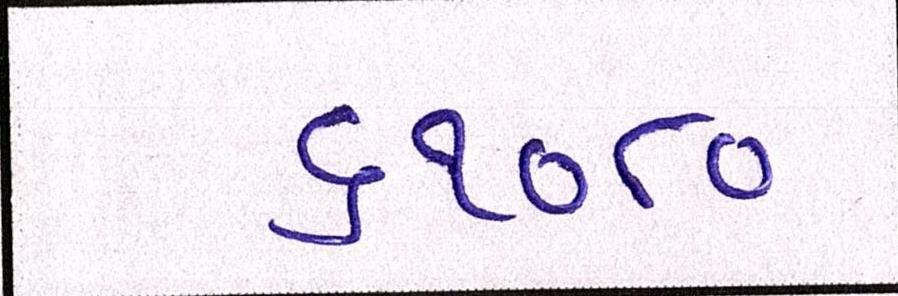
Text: ૬૧૦૪૦